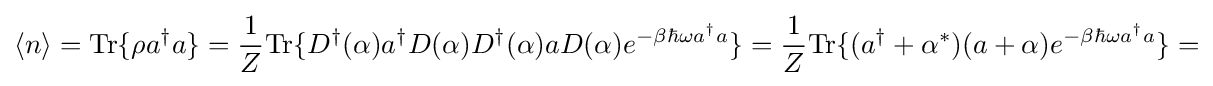
\langle n\rangle ={\text{Tr}}\{\rho a^{\dagger }a\}={\frac {1}{Z}}{\text{Tr}}\{D^{\dagger }(\alpha )a^{\dagger }D({\alpha })D^{\dagger }(\alpha )aD(\alpha )e^{-\beta \hbar \omega a^{\dagger }a}\}={\frac {1}{Z}}{\text{Tr}}\{(a^{\dagger }+\alpha ^{*})(a+\alpha )e^{-\beta \hbar \omega a^{\dagger }a}\}=